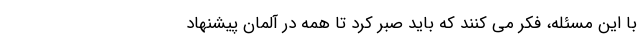
با این مسئله، فکر می کنند که باید صبر کرد تا همه در آلمان پیشنهاد